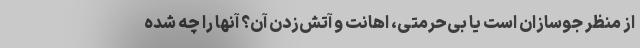
از منظر جوسازان است یا بی‌حرمتی، اهانت و آتش‌زدن آن؟ آنها را چه شده